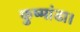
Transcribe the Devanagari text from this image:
कुष्मांडा।